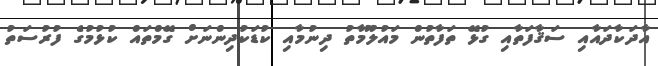
އާދަކާދައާއި ސަޤާފަތާއި ގުޅޭ ތަފާތުން މައުލޫމާތު ދިނުމާއި ކުޑަކުދިންނަށް ގޭމްތައް ކުޅުމުގެ ފުރުސަތު